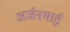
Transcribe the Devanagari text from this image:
अर्जनभाई